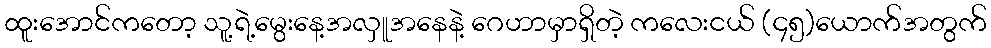
ထူးအောင်ကတော့ သူ့ရဲ့မွေးနေ့အလှူအနေနဲ့ ဂေဟာမှာရှိတဲ့ ကလေးငယ် (၄၅)ယောက်အတွက်